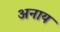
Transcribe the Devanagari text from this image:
अनाय